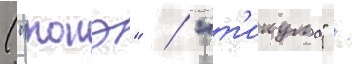
("тонэ" / "т'икума" /